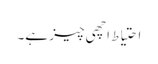
احتیاط اچھی چیز ہے۔